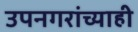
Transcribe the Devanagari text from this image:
उपनगरांच्याही